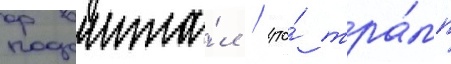
Подсчита́л / что́ тра́мп